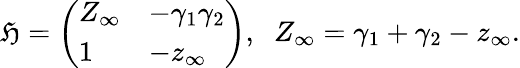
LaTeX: {\mathfrak{H}}={\left(\begin{array}{ll}{Z_{\infty}}&{-\gamma_{1}\gamma_{2}}\\ {1}&{-z_{\infty}}\end{array}\right)},\; \; Z_{\infty}=\gamma_{1}+\gamma_{2}-z_{\infty}.